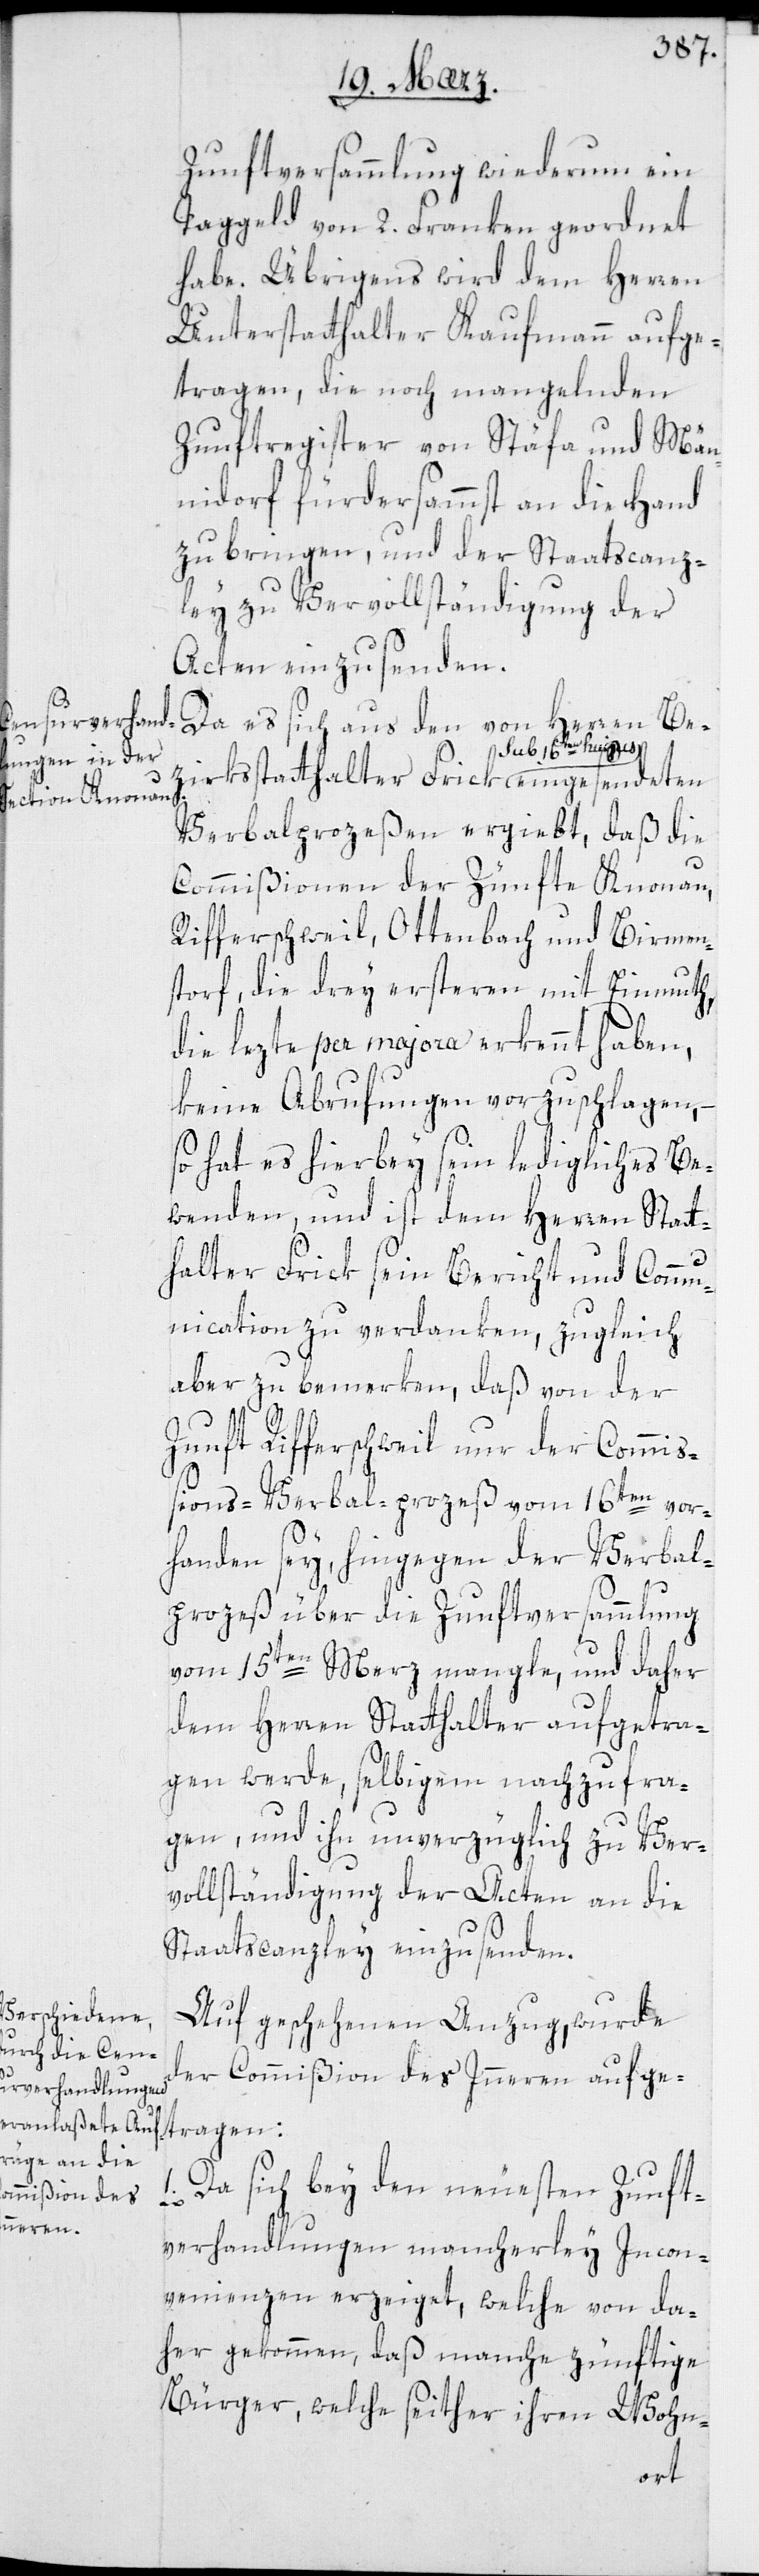
Zunftversammlung wiederum ein
Taggeld von 2. Franken geordnet
habe. Übrigens wird dem Herren
Unterstatthalter Kaufmann aufge¬
tragen, die noch mangelnden
Zunftregister von Stäfa und Män¬
nidorf fürdersammst an die Hand
zu bringen, und der Staatscanz¬
ley zu Vervollständigung der
Acten einzusenden.
Da es sich aus den von Herren Be¬
zirksstatthalter Frick sub 16ten
Verbalprozeßen ergiebt, daß die
Commißionen der Zünfte Knonau,
Rifferschweil, Ottenbach und Birmen¬
storf, die drey ersteren mit Einmuth,
die lezte per majora erkennt haben,
keine Abrufungen vorzuschlagen, –
so hat es hierbei sein ledigliches Be¬
wenden, und ist dem Herren Statt¬
halter Frick sein Bericht und Commu¬
nication zu verdanken, zulgeich
aber zu bemerken, daß von der
Zunft Rifferschweil nur der Commi¬
ßions-Verbalprozeß vom 16ten vor¬
handen sey, hingegen der Verbal¬
prozeß über die Zunftversammlung
vom 15ten Merz mangle, und daher
dem Herren Statthalter aufgetra¬
gen werde, selbigem nachzufra¬
gen, und ihn unverzüglich zu Ver¬
vollständigung der Acten an die
Staatscanzley einzusenden.
Auf geschehenen Anzug, wurde
der Commißion des Innern aufge¬
tragen:
1. Da sich bey den neuesten Zunft¬
verhandlungen mancherley Incon¬
venienzen erzeiget, welche von da¬
her gekommen, daß manche zünftige
Bürger, welche seither ihren Wohn-